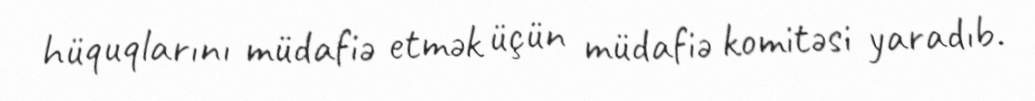
hüquqlarını müdafiə etmək üçün müdafiə komitəsi yaradıb.